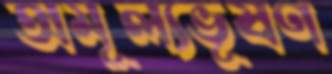
অমূল্যভূষণ